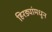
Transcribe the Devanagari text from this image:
हिरड्यांमधून